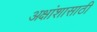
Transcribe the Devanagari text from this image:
अक्षांशासाठी